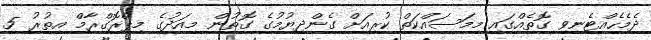
ދެމެހެއްޓެނިވި ގޮތެއްގައި މިމަސައްކަތް ކުރިއަށް ގެންދިޔުމުގެ ގޮތުން މިއަދުގެ މިޕްރޮގްރާމް އިތުރު 5